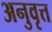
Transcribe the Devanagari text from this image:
अनुवृत्त